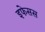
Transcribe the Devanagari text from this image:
इफेसस